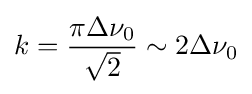
k={\frac {\pi \Delta \nu _{0}}{\sqrt {2}}}\sim 2\Delta \nu _{0}